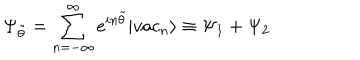
LaTeX: \Psi _ { \tilde { \theta } } = \sum _ { n = - \infty } ^ { \infty } e ^ { i n \tilde { \theta } } | v a c _ { n } \rangle \equiv \Psi _ { 1 } + \Psi _ { 2 }